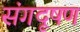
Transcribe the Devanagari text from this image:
संगदूषण